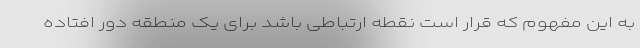
به این مفهوم که قرار است نقطه ارتباطی باشد برای یک منطقه دور افتاده